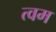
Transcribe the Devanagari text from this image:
त्वम